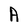
Character: A